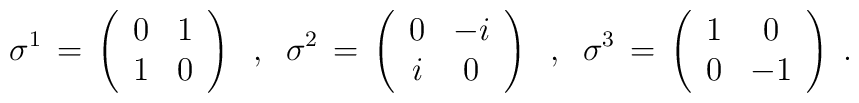
\sigma^1 \,=\,\left( \begin{array}{cc}0 & 1 \\ 1 & 0 \\ \end{array} \right) \;\; , \;\;\sigma^2 \,=\,\left( \begin{array}{cc}0 & -i \\ i & 0 \\ \end{array}\right) \;\; , \;\;\sigma^3 \,=\,\left( \begin{array}{cc}1 & 0 \\ 0 & - 1 \\ \end{array}\right) \;.